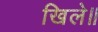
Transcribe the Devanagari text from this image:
खिले॥